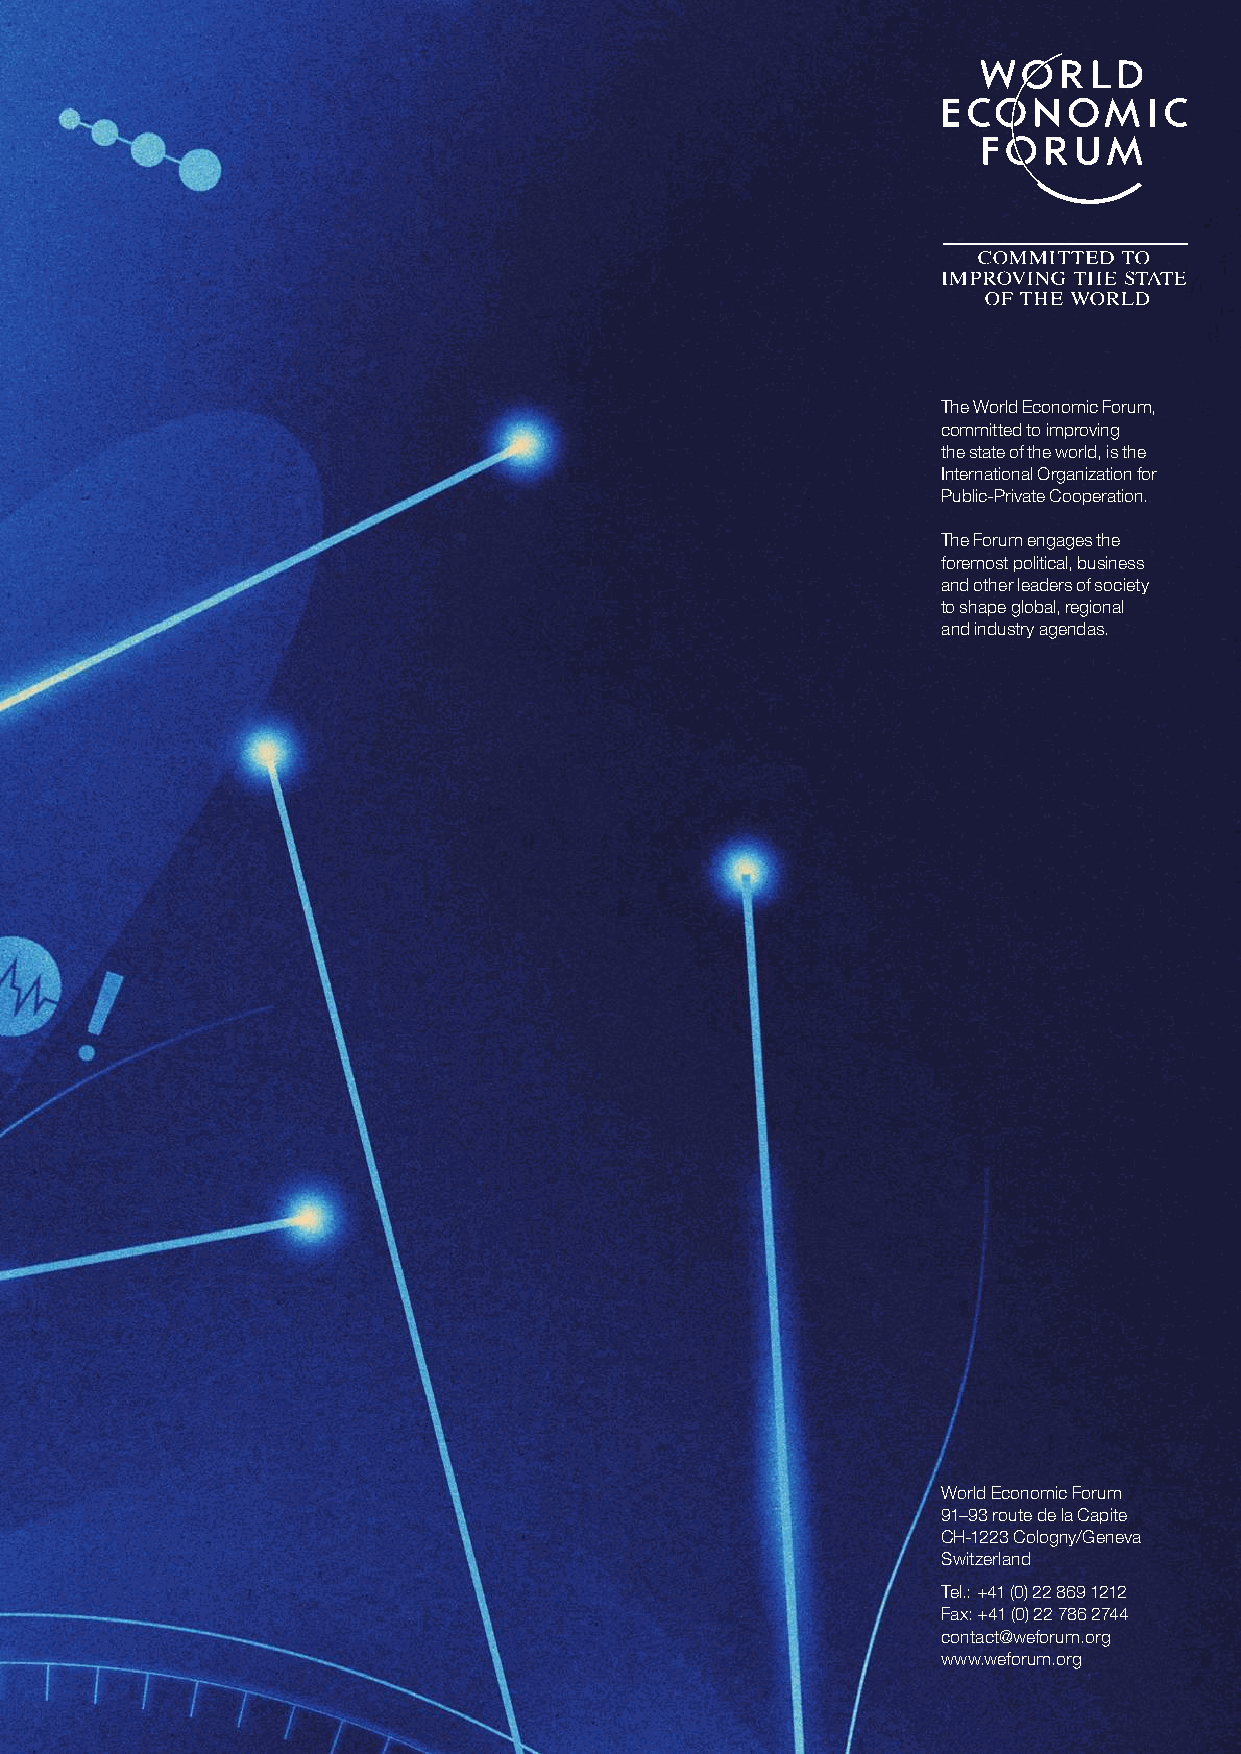
The World Economic Forum,
 committed to improving
 the state of the world, is the
 International Organization for
 Public-Private Cooperation.
 The Forum engages the
 foremost political, business
 and other leaders of society
 to shape global, regional
 and industry agendas.
 World Economic Forum
 91–93 route de la Capite
 CH-1223 Cologny/Geneva
 Switzerland
 Tel.: +41 (0) 22 869 1212
 Fax: +41 (0) 22 786 2744
 contact@weforum.org
 www.weforum.org